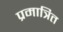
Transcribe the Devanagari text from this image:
प्रमात्रित